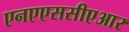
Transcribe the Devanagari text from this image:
एनएएससीएआर